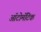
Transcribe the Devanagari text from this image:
ऑटोमॅटिक